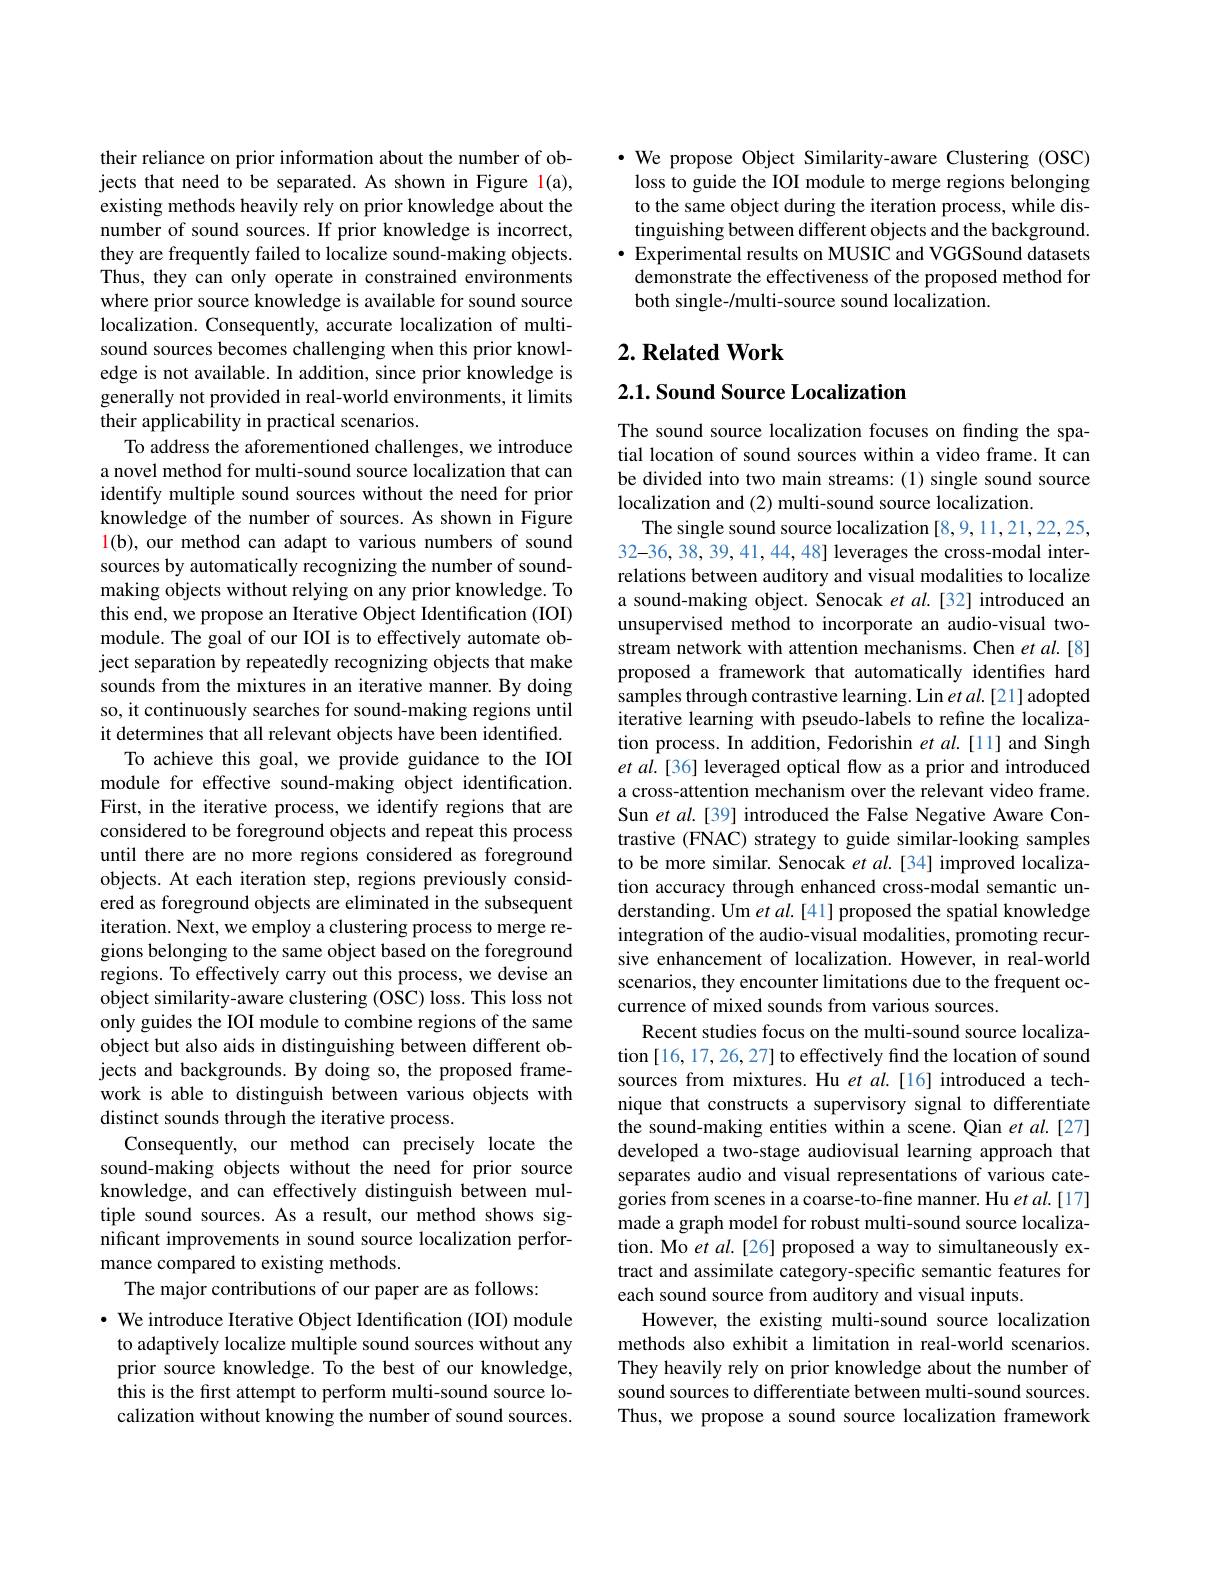
their reliance on prior information about the number of objects that need to be separated. As shown in Figure l(a), existing methods heavily rely on prior knowledge about the number of sound sources. If prior knowledge is incorrect, they are frequently failed to localize sound-making objects. Thus, they can only operate in constrained environments where prior source knowledge is available for sound source localization. Consequently, accurate localization of multisound sources becomes challenging when this prior knowledge is not available. In addition, since prior knowledge is generally not provided in real-world environments, it limits their applicability in practical scenarios.
To address the aforementioned challenges, we introduce a novel method for multi-sound source localization that can identify multiple sound sources without the need for prior knowledge of the number of sources. As shown in Figure l(b), our method can adapt to various numbers of sound sources by automatically recognizing the number of soundmaking objects without relying on any prior knowledge. To this end, we propose an Iterative Object Identification (IOI) module. The goal of our IOI is to effectively automate object separation by repeatedly recognizing objects that make sounds from the mixtures in an iterative manner. By doing so, it continuously searches for sound-making regions until it determines that all relevant objects have been identified.
To achieve this goal, we provide guidance to the IOI module for effective sound-making object identification. First, in the iterative process, we identify regions that are considered to be foreground objects and repeat this process until there are no more regions considered as foreground objects. At each iteration step, regions previously considered as foreground objects are eliminated in the subsequent iteration. Next, we employ a clustering process to merge regions belonging to the same object based on the foreground regions. To effectively carry out this process, we devise an object similarity-aware clustering (OSC) loss. This loss not only guides the IOI module to combine regions of the same object but also aids in distinguishing between different objects and backgrounds. By doing so, the proposed framework is able to distinguish between various objects with distinct sounds through the iterative process.
Consequently, our method can precisely locate the sound-making objects without the need for prior source knowledge, and can effectively distinguish between multiple sound sources. As a result, our method shows significant improvements in sound source localization performance compared to existing methods.
The major contributions of our paper are as follows:
$\cdot$ We introduce Iterative Object Identification (IOI) module to adaptively localize multiple sound sources without any prior source knowledge. To the best of our knowledge, this is the first attempt to perform multi-sound source localization without knowing the number of sound sources.

·We propose Object Similarity-aware Clustering (OSC) loss to guide the IOI module to merge regions belonging to the same object during the iteration process, while distinguishing between different objects and the background. $\bullet$ Experimental results on MUSIC and VGGSound datasets demonstrate the effectiveness of the proposed method for both single-/multi-source sound localization.

## $2. \textbf{Related Work}$

$2. 1. \textbf{ Sound Source Localization}$

The sound source localization focuses on finding the spatial location of sound sources within a video frame. It can be divided into two main streams: (1) single sound source localization and (2) multi-sound source localization.
The single sound source localization [8,9,11,21,22,25, 32-36, 38, 39, 41, 44, 48] leverages the cross-modal interrelations between auditory and visual modalities to localize a sound-making object. Senocak et al.[32] introduced an unsupervised method to incorporate an audio-visual twostream network with attention mechanisms. Chen $et$ al.[8] proposed a framework that automatically identifies hard samples through contrastive learning. Lin et $al.[21]$ adopted iterative learning with pseudo-labels to refine the localization process. In addition, Fedorishin $et$ al.[11] and Singh et al. [36] leveraged optical flow as a prior and introduced a cross-attention mechanism over the relevant video frame. Sun et al.[39] introduced the False Negative Aware Contrastive (FNAC) strategy to guide similar-looking samples to be more similar. Senocak et al.[34] improved localization accuracy through enhanced cross-modal semantic understanding. Um et al. [41] proposed the spatial knowledge integration of the audio-visual modalities, promoting recursive enhancement of localization. However, in real-world scenarios, they encounter limitations due to the frequent occurrence of mixed sounds from various sources.
Recent studies focus on the multi-sound source localization [16, 17, 26, 27] to effectively find the location of sound sources from mixtures. Hu $etal.[16]$ introduced a technique that constructs a supervisory signal to differentiate the sound-making entities within a scene. Qian et al.[27] developed a two-stage audiovisual learning approach that separates audio and visual representations of various categories from scenes in a coarse-to-fine manner. Hu et al.[17] made a graph model for robust multi-sound source localization. Mo et al.[26] proposed a way to simultaneously extract and assimilate category-specific semantic features for each sound source from auditory and visual inputs.
However, the existing multi-sound source localization methods also exhibit a limitation in real-world scenarios. They heavily rely on prior knowledge about the number of sound sources to differentiate between multi-sound sources. Thus, we propose a sound source localization framework